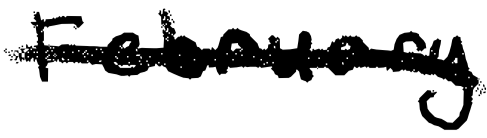
Text: February
Cross-out: single-line
Writing tool: digital_black